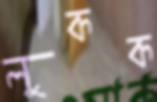
লুকক